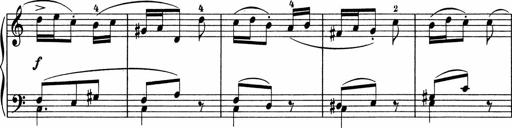
Title: 5 Sonatinen fÃ¼r die Jugend
Composer: Carl Reinecke